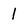
Character: 1